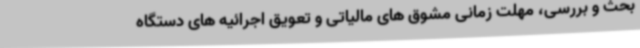
بحث و بررسی، مهلت زمانی مشوق های مالیاتی و تعویق اجرائیه های دستگاه